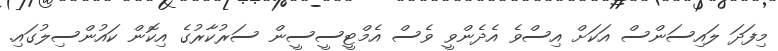
މިފަދަ ލައިސަންސް އަކަށް އިސްވެ އެދެންވީ ވެސް އެމްޓީސީސީން ސަރުކާރުގެ އިކޮން ކައުންސިލުގައި.